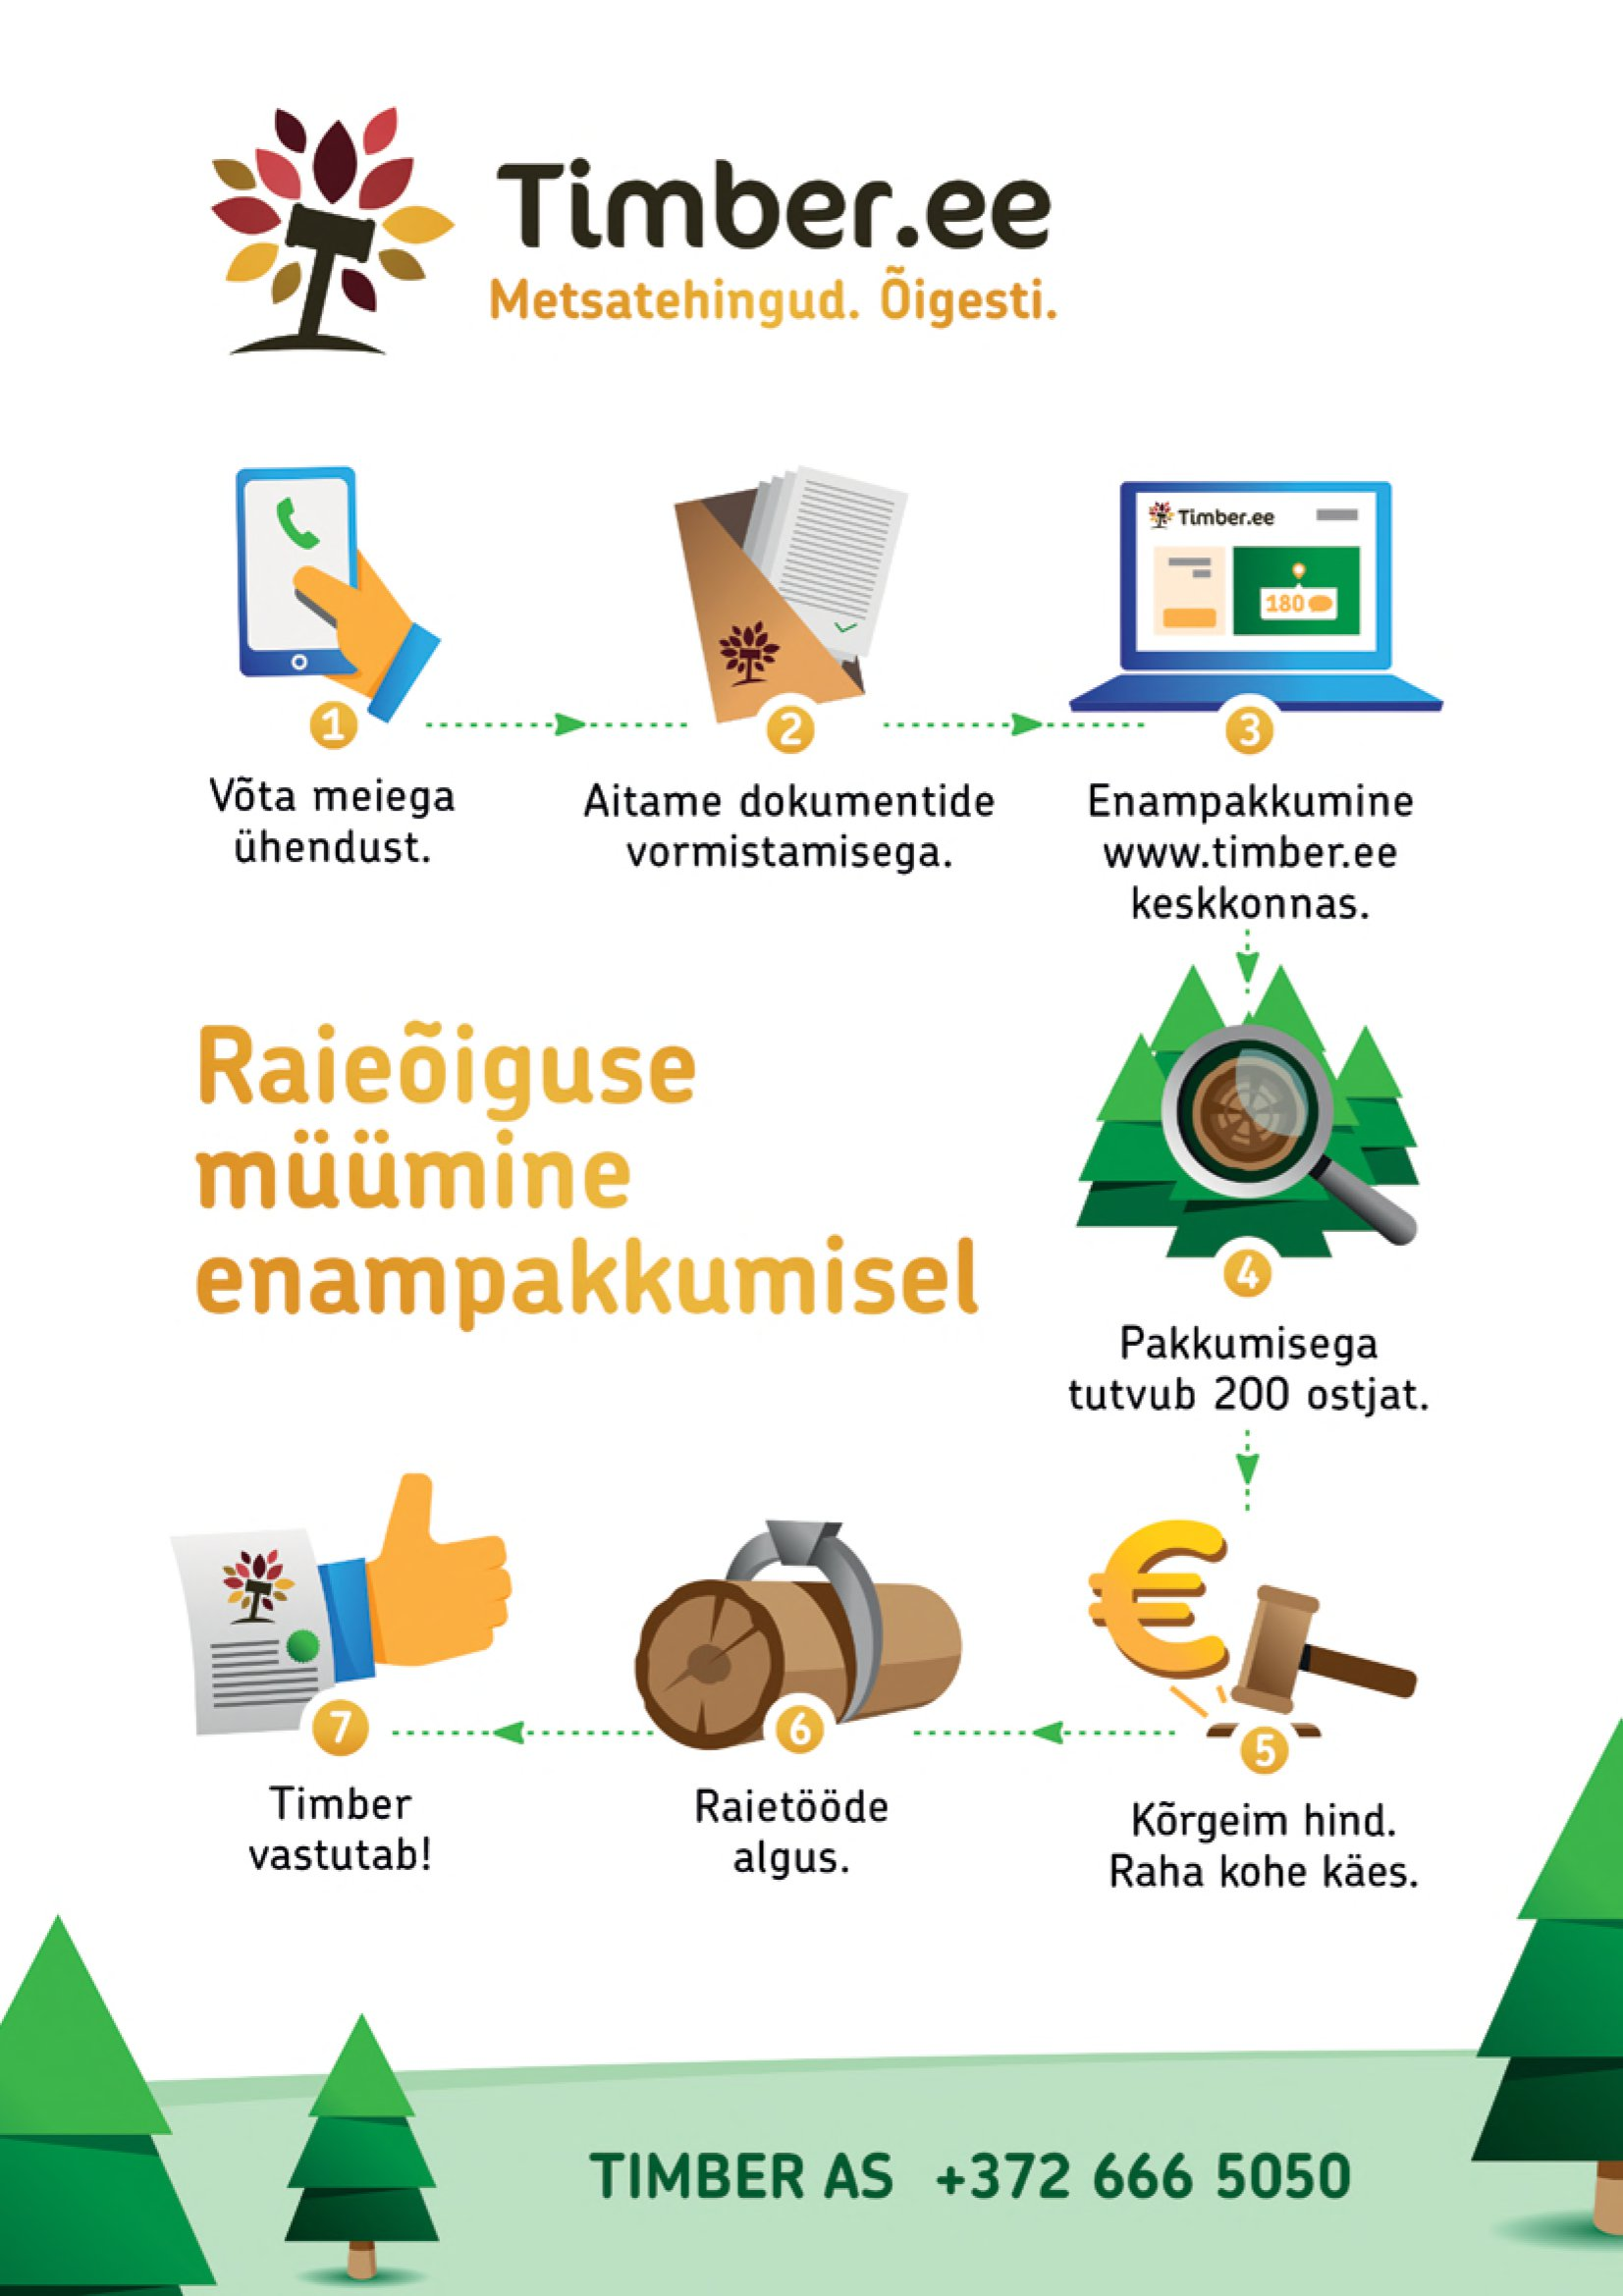
Language: et